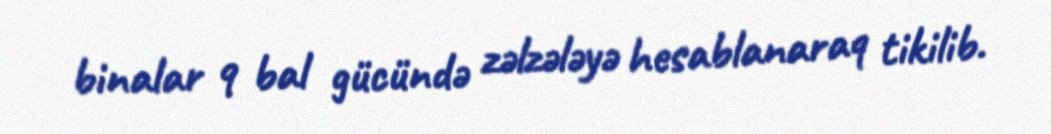
binalar 9 bal gücündə zəlzələyə hesablanaraq tikilib.